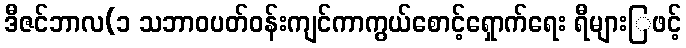
ဒီဇင်ဘာလ(၁ သဘာဝပတ်ဝန်းကျင်ကာကွယ်စောင့်ရှောက်ရေး ရီများြဖင့်